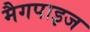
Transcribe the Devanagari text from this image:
मैगपाइज